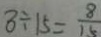
8 \div 1 5 = \frac { 8 } { 1 5 }